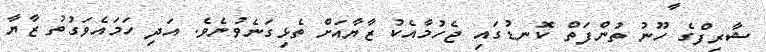
ޝާރިފްގެ ހޫނު ތުންފަތް ކޮނޑުގައި ޖެހުމާއެކު ޒާޔާއަށް ތެޅިގަނެވުނެވެ. އަދި ހަމައެވަގުތު ޒާޔާ